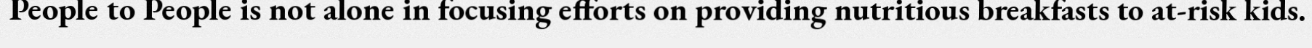
People to People is not alone in focusing efforts on providing nutritious breakfasts to at-risk kids.